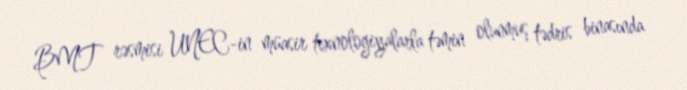
BMT rəsmisi UNEC-in müasir texnologiyalarla təmin olunmuş tədris binasında